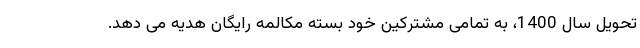
تحویل سال 1400، به تمامی مشترکین خود بسته مکالمه رایگان هدیه می دهد.